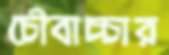
চৌবাচ্চার